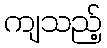
ကျသည့်